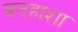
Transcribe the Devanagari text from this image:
बतहाशा